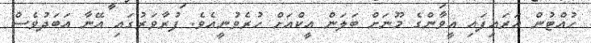
ހުއްޓުން އަރައިފައި އީވާންގެ މޫނަށް ބަލަން އީކްއަށް ހުރެވުނީއެވެ. ފުރާވަރުގައި އޭނާ އަބަދުވެސް